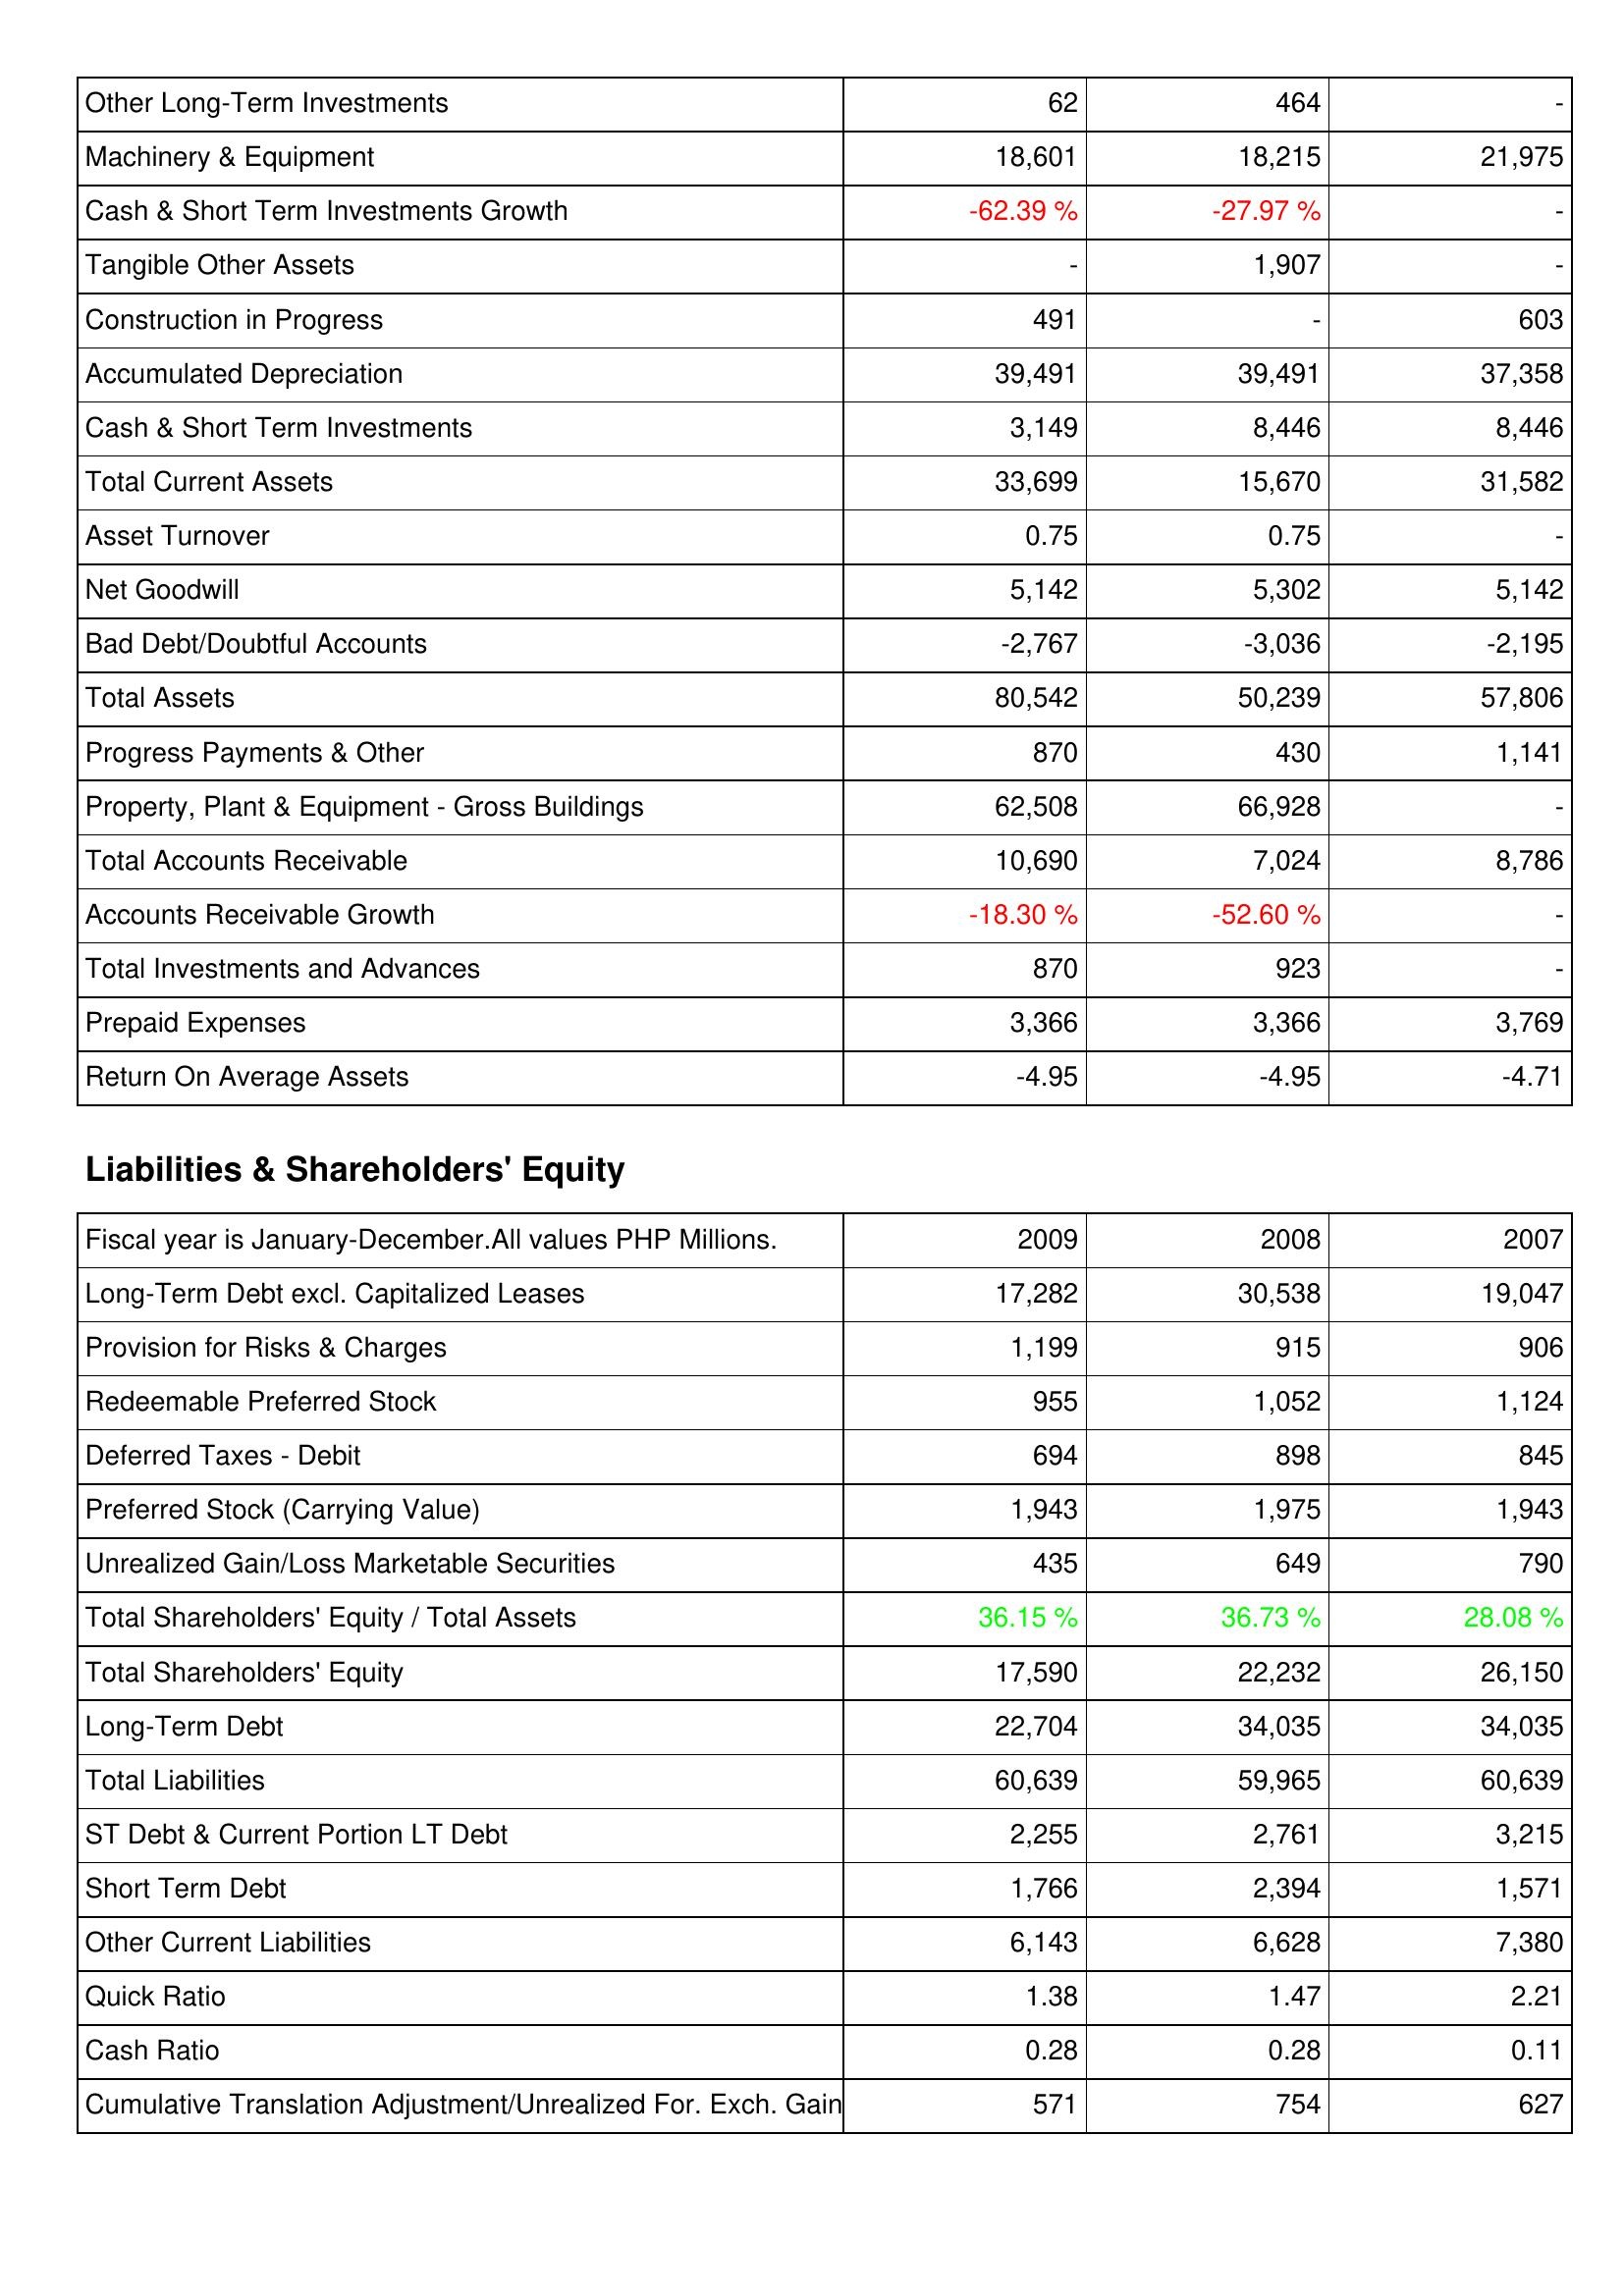
2009: Assets: Other Long-Term Investments: 62
Machinery & Equipment: 18,601
Cash & Short Term Investments Growth: -62.39 %
Tangible Other Assets: -
Construction in Progress: 491
Accumulated Depreciation: 39,491
Cash & Short Term Investments: 3,149
Total Current Assets: 33,699
Asset Turnover: 0.75
Net Goodwill: 5,142
Bad Debt/Doubtful Accounts: -2,767
Total Assets: 80,542
Progress Payments & Other: 870
Property, Plant & Equipment - Gross Buildings: 62,508
Total Accounts Receivable: 10,690
Accounts Receivable Growth: -18.30 %
Total Investments and Advances: 870
Prepaid Expenses: 3,366
Return On Average Assets: -4.95
Liabilities & Shareholders' Equity: Long-Term Debt excl. Capitalized Leases: 17,282
Provision for Risks & Charges: 1,199
Redeemable Preferred Stock: 955
Deferred Taxes - Debit: 694
Preferred Stock (Carrying Value): 1,943
Unrealized Gain/Loss Marketable Securities: 435
Total Shareholders' Equity / Total Assets: 36.15 %
Total Shareholders' Equity: 17,590
Long-Term Debt: 22,704
Total Liabilities: 60,639
ST Debt & Current Portion LT Debt: 2,255
Short Term Debt: 1,766
Other Current Liabilities: 6,143
Quick Ratio: 1.38
Cash Ratio: 0.28
Cumulative Translation Adjustment/Unrealized For. Exch. Gain: 571
2008: Assets: Other Long-Term Investments: 464
Machinery & Equipment: 18,215
Cash & Short Term Investments Growth: -27.97 %
Tangible Other Assets: 1,907
Construction in Progress: -
Accumulated Depreciation: 39,491
Cash & Short Term Investments: 8,446
Total Current Assets: 15,670
Asset Turnover: 0.75
Net Goodwill: 5,302
Bad Debt/Doubtful Accounts: -3,036
Total Assets: 50,239
Progress Payments & Other: 430
Property, Plant & Equipment - Gross Buildings: 66,928
Total Accounts Receivable: 7,024
Accounts Receivable Growth: -52.60 %
Total Investments and Advances: 923
Prepaid Expenses: 3,366
Return On Average Assets: -4.95
Liabilities & Shareholders' Equity: Long-Term Debt excl. Capitalized Leases: 30,538
Provision for Risks & Charges: 915
Redeemable Preferred Stock: 1,052
Deferred Taxes - Debit: 898
Preferred Stock (Carrying Value): 1,975
Unrealized Gain/Loss Marketable Securities: 649
Total Shareholders' Equity / Total Assets: 36.73 %
Total Shareholders' Equity: 22,232
Long-Term Debt: 34,035
Total Liabilities: 59,965
ST Debt & Current Portion LT Debt: 2,761
Short Term Debt: 2,394
Other Current Liabilities: 6,628
Quick Ratio: 1.47
Cash Ratio: 0.28
Cumulative Translation Adjustment/Unrealized For. Exch. Gain: 754
2007: Assets: Other Long-Term Investments: -
Machinery & Equipment: 21,975
Cash & Short Term Investments Growth: -
Tangible Other Assets: -
Construction in Progress: 603
Accumulated Depreciation: 37,358
Cash & Short Term Investments: 8,446
Total Current Assets: 31,582
Asset Turnover: -
Net Goodwill: 5,142
Bad Debt/Doubtful Accounts: -2,195
Total Assets: 57,806
Progress Payments & Other: 1,141
Property, Plant & Equipment - Gross Buildings: -
Total Accounts Receivable: 8,786
Accounts Receivable Growth: -
Total Investments and Advances: -
Prepaid Expenses: 3,769
Return On Average Assets: -4.71
Liabilities & Shareholders' Equity: Long-Term Debt excl. Capitalized Leases: 19,047
Provision for Risks & Charges: 906
Redeemable Preferred Stock: 1,124
Deferred Taxes - Debit: 845
Preferred Stock (Carrying Value): 1,943
Unrealized Gain/Loss Marketable Securities: 790
Total Shareholders' Equity / Total Assets: 28.08 %
Total Shareholders' Equity: 26,150
Long-Term Debt: 34,035
Total Liabilities: 60,639
ST Debt & Current Portion LT Debt: 3,215
Short Term Debt: 1,571
Other Current Liabilities: 7,380
Quick Ratio: 2.21
Cash Ratio: 0.11
Cumulative Translation Adjustment/Unrealized For. Exch. Gain: 627